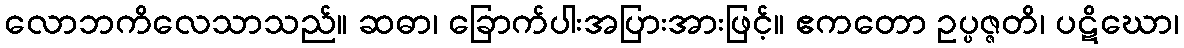
လောဘကိလေသာသည်။ ဆဓာ၊ ခြောက်ပါးအပြားအားဖြင့်။ ဧကတော ဥပ္ပဇ္ဇတိ၊ ပဋိဃော၊